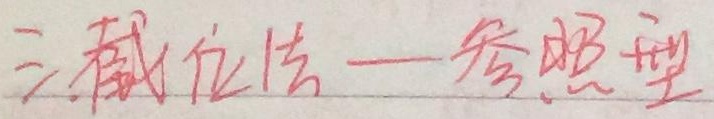
三藏传法—参照型